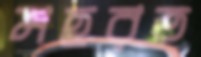
মহরত